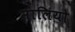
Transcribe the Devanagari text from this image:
मालियो